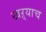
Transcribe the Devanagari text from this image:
खऱ्याच